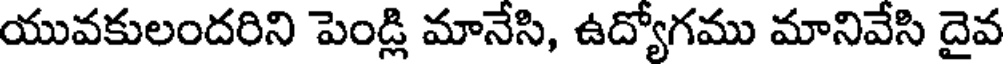
యువకులందరిని పెండ్లి మానేసి, ఉద్యోగము మానివేసి దైవ